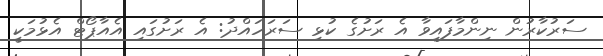
ސަރުކާރުން ނިންމާފައިވާ އެ ރަށުގެ ކުޅި ސަރަހައްދު: އެ ރަށުގައި އެއާޕޯޓް އެޅުމަކީ